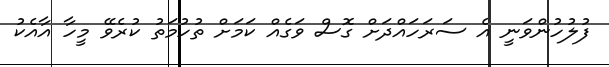
ފުލުހުންވަނީ އެ ސަރަހައްދަށް ގޮސް ވަގެއް ކަމަށް ތުހުމަތު ކުރެވޭ މީހާ އާއެކު